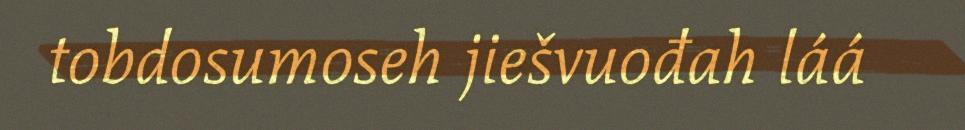
tobdosumoseh jiešvuođah láá